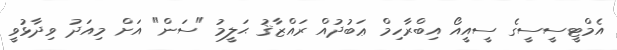
އެމްޓީސީސީގެ ސީއީއޯ އިބްރާހިމް ޢަބުދުއް ރައްޒާޤު ޙަލީމު "ސަން" އަށް މިއަދު ވިދާޅުވީ